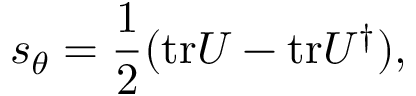
s _ { \theta } = \frac { 1 } { 2 } ( \mathrm { t r } U - \mathrm { t r } U ^ { \dag } ) ,